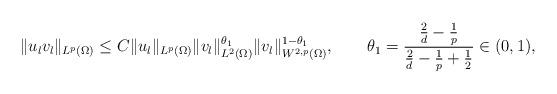
LaTeX: \begin{align*}\|u_{l}v_{l}\|_{L^{p}(\Omega)}\le C \|u_{l} \|_{L^{p}(\Omega)} \|v_{l}\|_{L^{2}(\Omega)}^{\theta_{1}}\|v_{l}\|_{W^{2,p}(\Omega)}^{1-\theta_{1}},\qquad\theta_{1}=\frac{\frac{2}{d}-\frac{1}{p}}{\frac{2}{d}-\frac{1}{p}+\frac{1}{2}}\in(0,1),\end{align*}